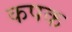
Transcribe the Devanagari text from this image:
कपक